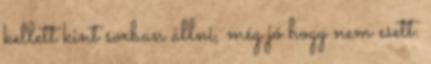
kellett kint sorban állni, még jó hogy nem esett.